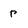
Character: r